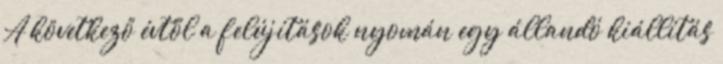
A következő évtől a felújítások nyomán egy állandó kiállítás